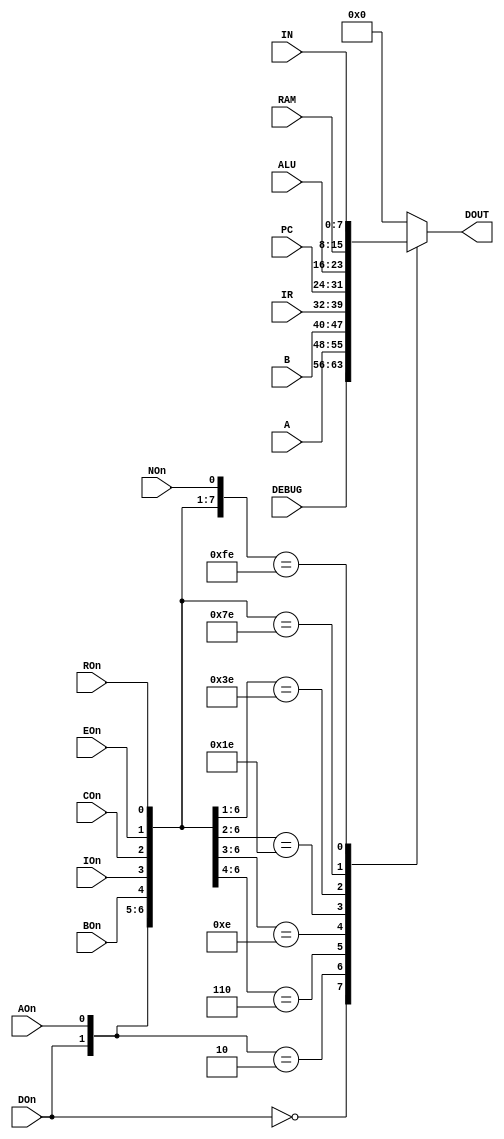
`default_nettype none
`timescale 1ns/1ns

module bus_mux(
  input wire DOn,
  input wire AOn,
  input wire BOn,
  input wire IOn,
  input wire COn,
  input wire EOn,
  input wire ROn,
  input wire NOn,

  input wire [7:0] DEBUG,
  input wire [7:0] A,
  input wire [7:0] B,
  input wire [7:0] IR,
  input wire [7:0] PC,
  input wire [7:0] ALU,
  input wire [7:0] RAM,
  input wire [7:0] IN,

  output reg [7:0] DOUT
);

  always @(*)
     casez ({DOn, AOn, BOn, IOn, COn, EOn, ROn, NOn})
      8'b0???????: DOUT = DEBUG;
      8'b10??????: DOUT = A;
      8'b110?????: DOUT = B;
      8'b1110????: DOUT = IR;
      8'b11110???: DOUT = PC;
      8'b111110??: DOUT = ALU;
      8'b1111110?: DOUT = RAM;
      8'b11111110: DOUT = IN;
      default:     DOUT = 8'b0;
    endcase

endmodule